Report on vaccination in Madras 1895-1903 - 1895-1903
Year: 1895
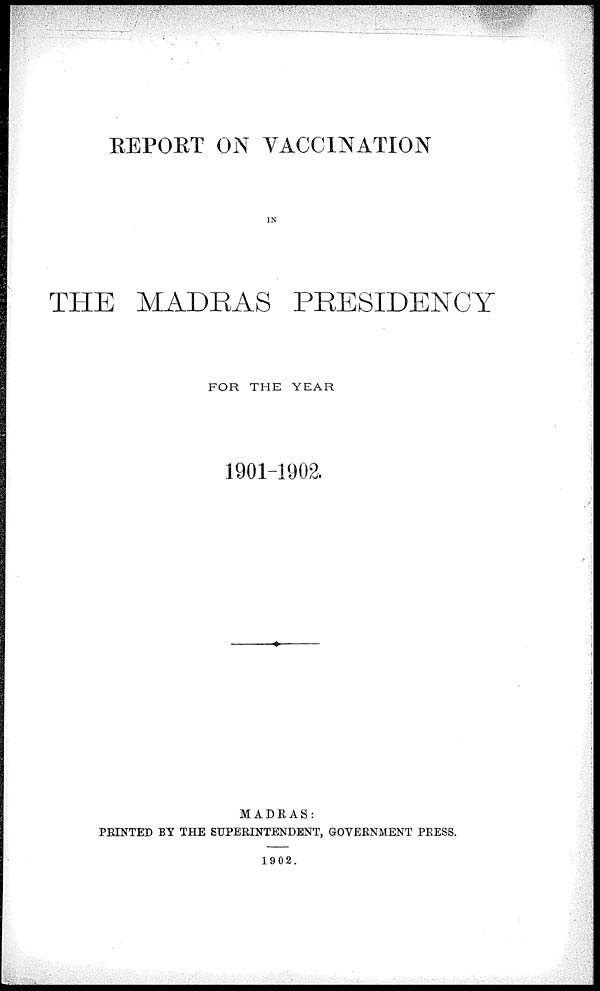
REPORT ON VACCINATION
IN
THE MADRAS PRESIDENCY
FOR THE YEAR
1901-1902.
MADRAS:
PRINTED BY THE SUPERINTENDENT, GOVERNMENT PRESS.
1902.